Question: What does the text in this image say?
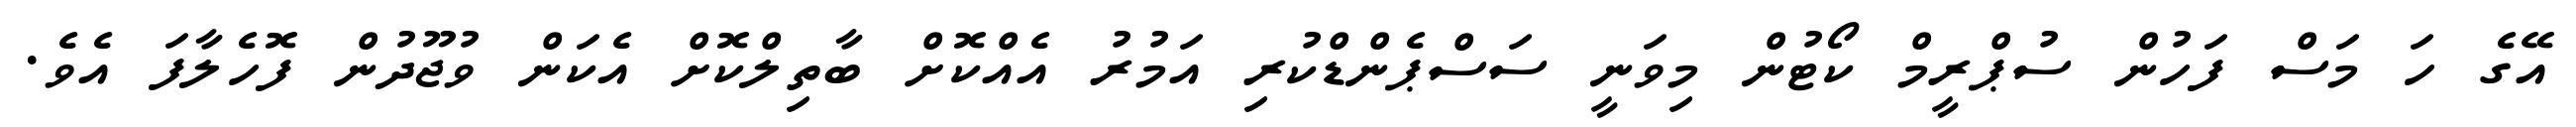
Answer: އޭގެ ހަ މަސް ފަހުން ސުޕްރީމް ކޯޓުން މިވަނީ ސަސްޕެންޑްކުރި އަމުރު އެއްކޮށް ބާތިލްކޮށް އެކަން ވުޖޫދުން ފޮހެލާފަ އެވެ.